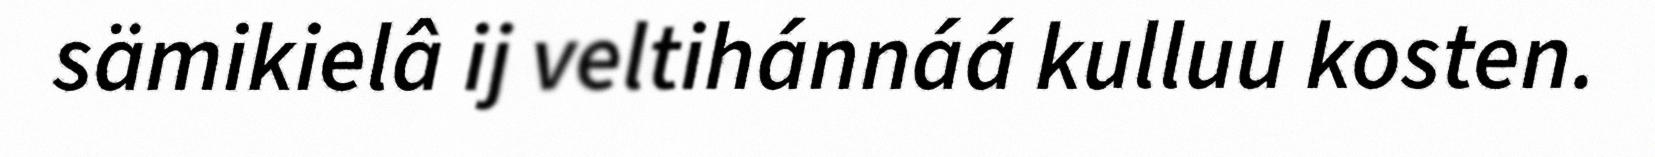
sämikielâ ij veltihánnáá kulluu kosten.